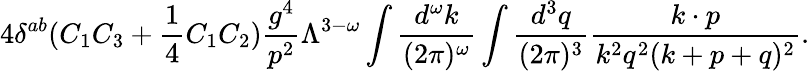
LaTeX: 4\delta^{ab}(C_{1}C_{3}+{\frac{1}{4}}C_{1}C_{2}){\frac{g^{4}}{p^{2}}}\Lambda^{3-\omega}\int{\frac{d^{\omega}k}{(2\pi)^{\omega}}}\int{\frac{d^{3}q}{(2\pi)^{3}}}{\frac{k\cdot p}{k^{2}q^{2}(k+p+q)^{2}}}.